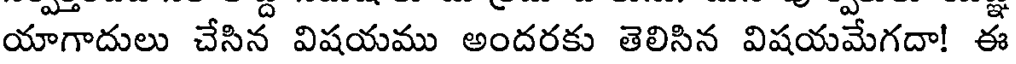
యాగాదులు చేసిన విషయము అందరకు తెలిసిన విషయమేగదా! ఈ